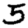
Digit: 5